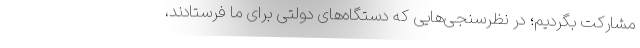
مشارکت بگردیم؛ در نظرسنجی‌هایی که دستگاه‌های دولتی برای ما فرستادند،